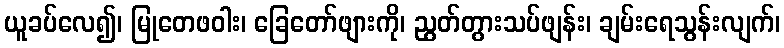
ယူခပ်လေ၍၊ မြုတေဖဝါး၊ ခြေတော်ဖျားကို၊ ညွတ်တွားသပ်ဖျန်း၊ ချမ်းရေသွန်းလျက်၊